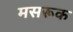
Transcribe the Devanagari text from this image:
मसरूक